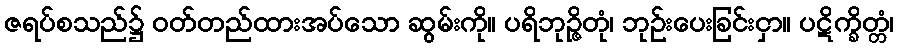
ဇရပ်စသည်၌ ဝတ်တည်ထားအပ်သော ဆွမ်းကို။ ပရိဘုဉ္ဇိတုံ၊ ဘုဉ်းပေးခြင်းငှာ။ ပဋိက္ခိတ္တံ၊